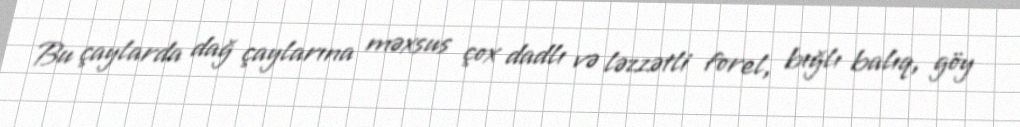
Bu çaylarda dağ çaylarına məxsus çox dadlı və ləzzətli forel, bığlı balıq, göy